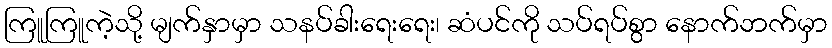
ကြူကြူကဲ့သို့ မျက်နှာမှာ သနပ်ခါးရေးရေး၊ ဆံပင်ကို သပ်ရပ်စွာ နောက်ဘက်မှာ